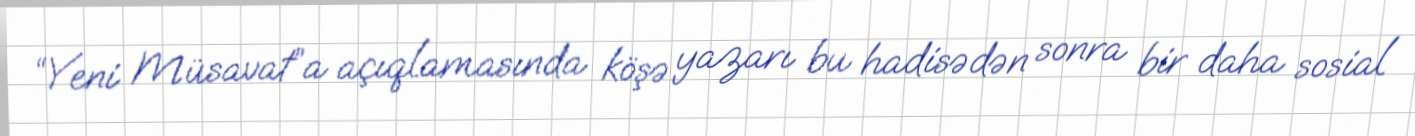
“Yeni Müsavat”a açıqlamasında köşə yazarı bu hadisədən sonra bir daha sosial